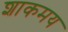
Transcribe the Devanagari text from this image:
शाकमय